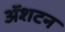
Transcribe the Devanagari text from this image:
ॲशटन